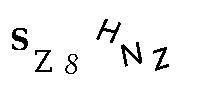
SZ8HNZ